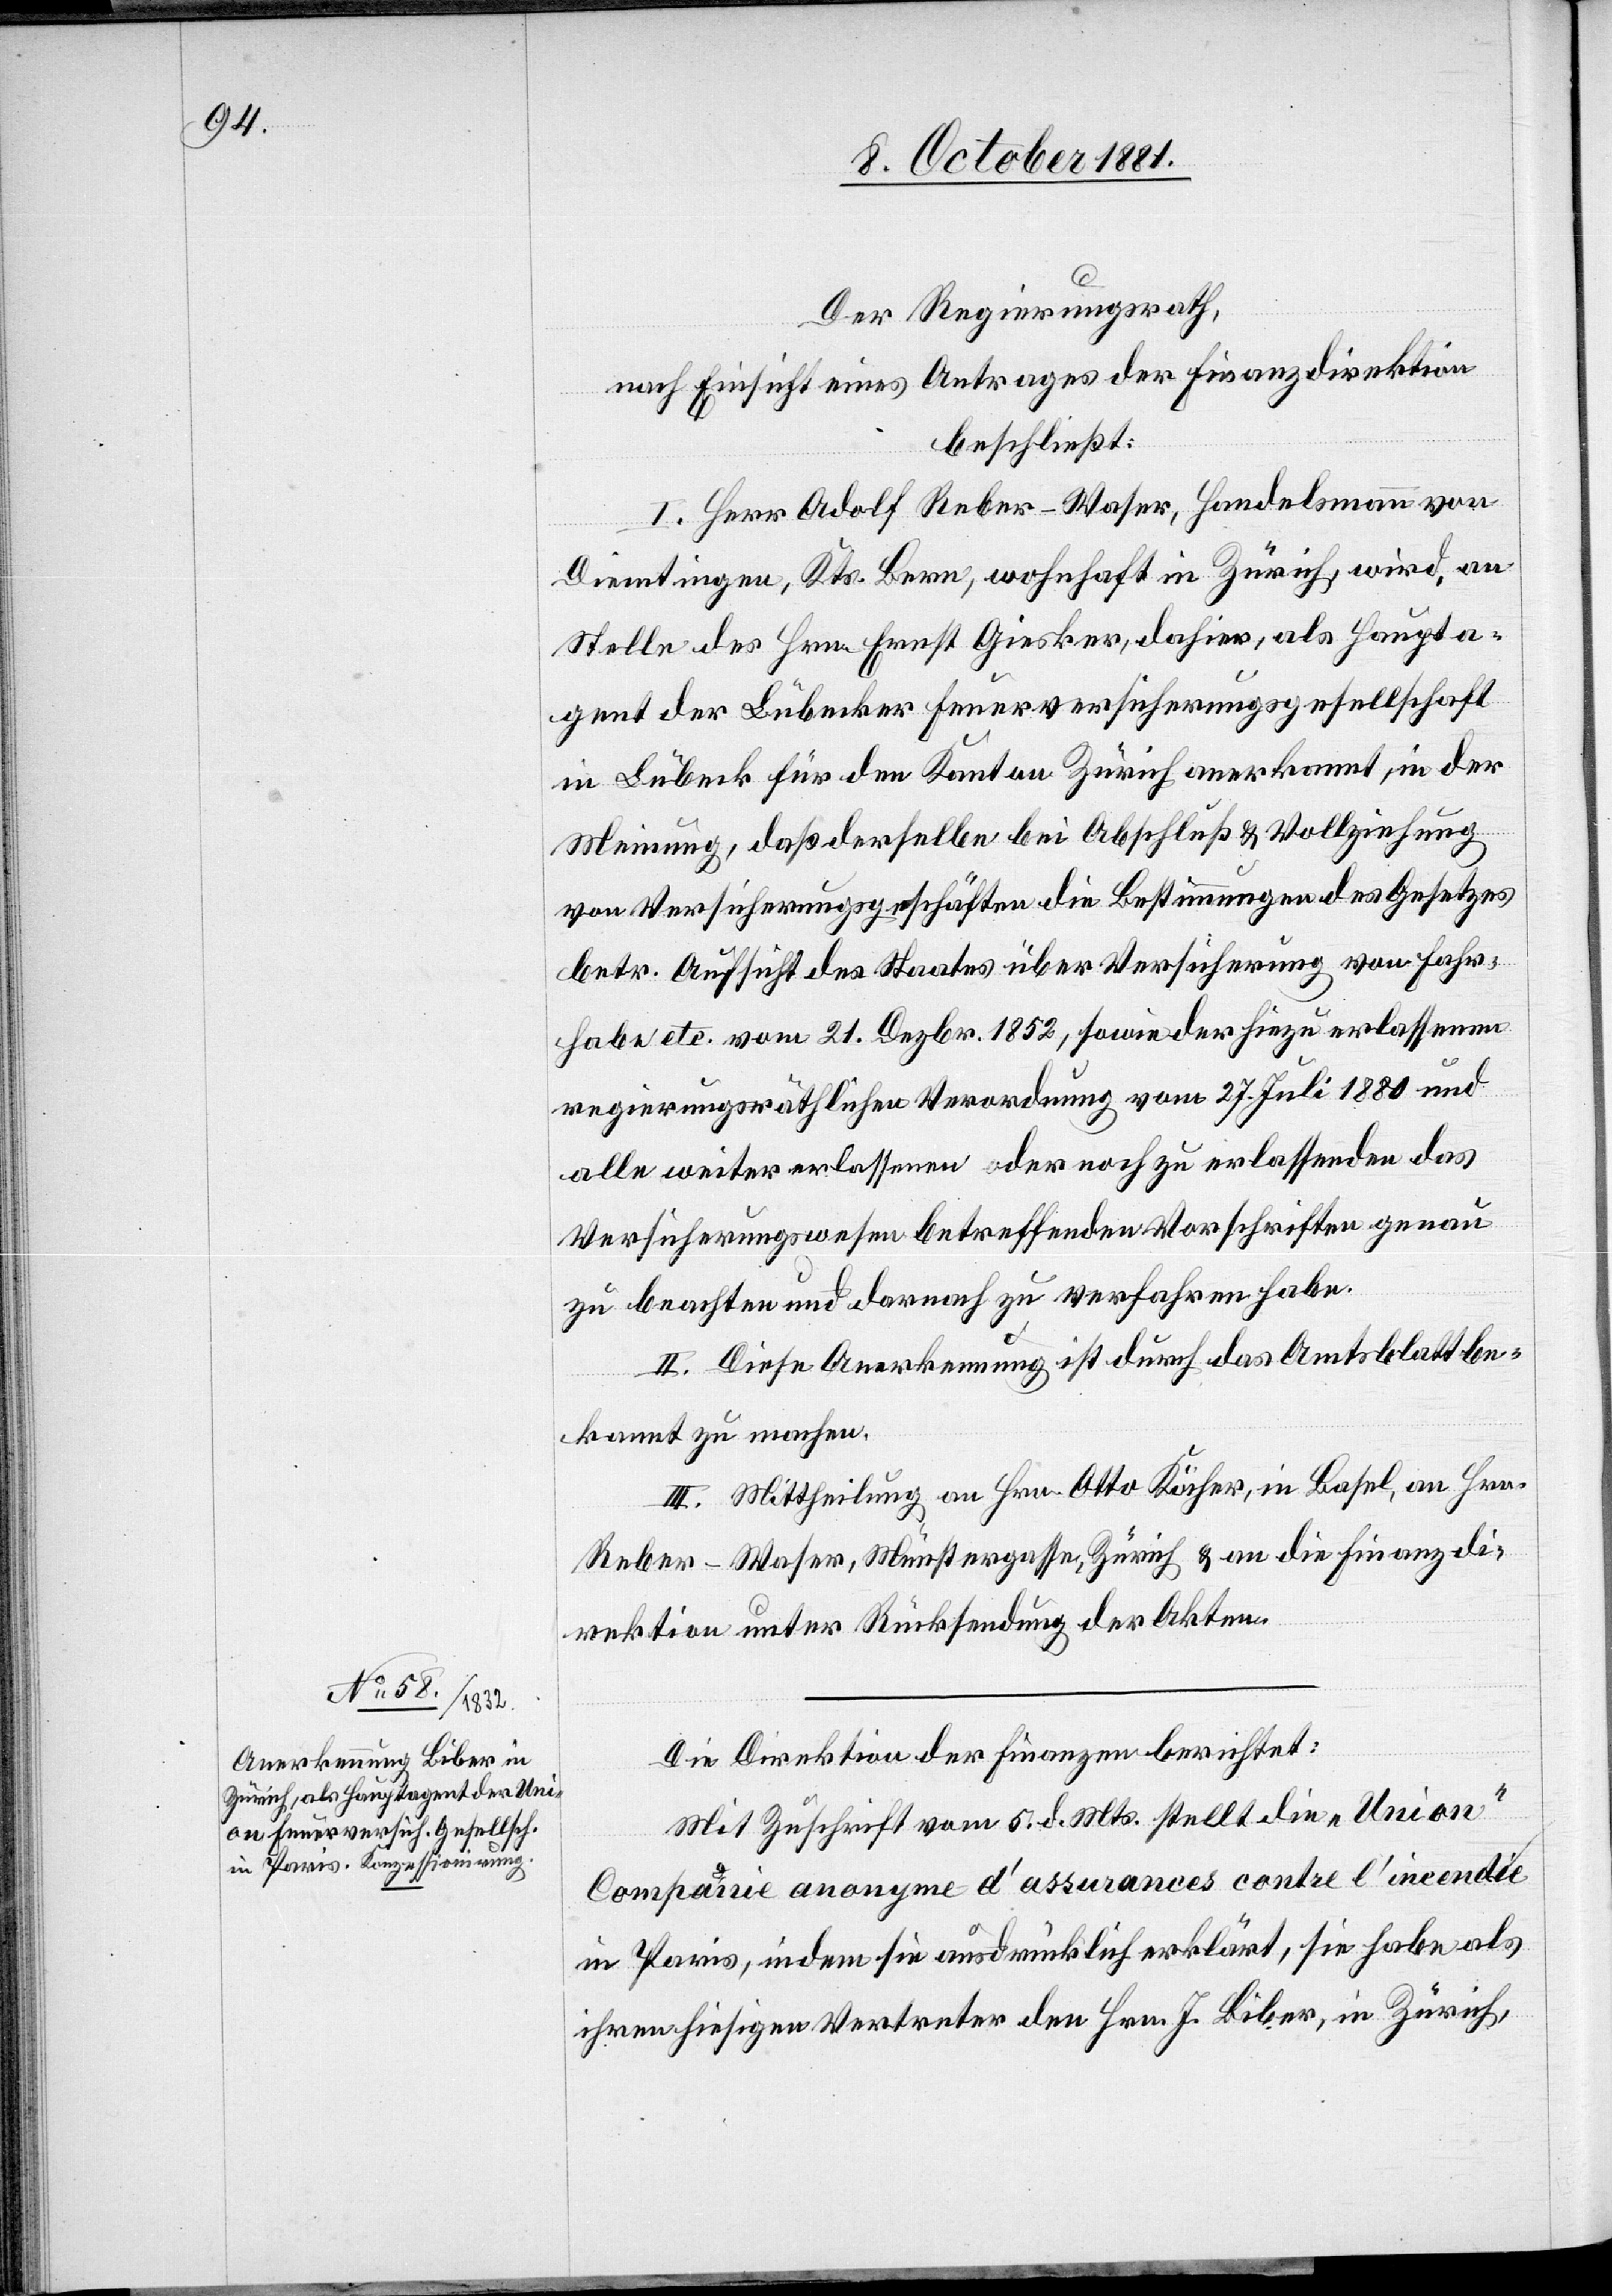
Der Regierungsrath,
nach Einsicht eines Antrages der Finanzdirektion
beschließt:
I. Herr Adolf Reber-Waser, Handelsmann von
Diemtingen, Kts. Bern, wohnhaft in Zürich, wird an
Stelle des Hrn. Ernst Giesker, daher, als Haupta¬
gent der Lübecker Feuerversicherungsgesellschaft
in Lübeck für den Kanton Zürich anerkannt, in der
Meinung, daß derselbe bei Abschluß & Vollziehung
von Versicherungsgeschäften die Bestimmungen des Gesetzes
betr. Aufsicht des Staates über Versicherung von Fahr¬
habe etc. vom 21. Dezbr. 1852, sowie der hiezu erlassenen
regierungsräthlichen Verordnung vom 27. Juli 1880 und
alle weiter erlassenen oder noch zu erlassenden
Versicherungswesen betreffenden Vorschriften genau
zu beachten und darnach zu verfahren habe.
II. Diese Anerkennung ist durch das Amtsblatt be¬
kannt zu machen.
III. Mittheilung an Hrn. Otto Köcher, in Basel, an Hrn.
Reber-Waser, Münstergasse, Zürich & an die Finanzdi¬
rektion unter Rücksendung der Akten.
Die Direktion der Finanzen berichtet:
Mit Zuschrift vom 5. d. Mts. stellt die „Union“
Companie anonyme d’assurances contre l’incendie
in Paris, indem sie ausdrücklich erklärt, sie habe als
ihren hiesigen Vertreter den Hrn. J. Biber, in Zürich,